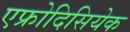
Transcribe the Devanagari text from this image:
एफ्रोदिसियेक